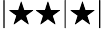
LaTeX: |\bigstar\bigstar|\bigstar|